system: You are a helpful assistant.
user:
Analyze the provided spectrum to determine if it is a **"Cataclysmic Variables (CV)"**.

- **Key Indicators for CV (Check for either state):**
    - **State 1: Quiescent / Low-State (Emission-Dominated)**
        - **(Primary):** Strong and *very broad* Hydrogen Balmer emission lines (e.g., $H\alpha$ at 6563 Å, $H\beta$ at 4861 Å). The 'broadness' (high velocity dispersion, often FWHM > 1000 km/s) is the key diagnostic, indicating a high-velocity accretion disk.
        - **(Secondary):** Broad neutral Helium (He I) emission lines (e.g., 5876 Å, 6678 Å).
        - **(Key Confirmation):** Presence of high-excitation *ionized* Helium (He II) emission at 4686 Å. This is a strong indicator of accretion onto a white dwarf.
        - **(Line Profile):** Emission lines may exhibit a 'double-peaked' profile, which is a classic signature of a rotating accretion disk viewed at high inclination.

    - **State 2: Outburst / High-State (Absorption-Dominated)**
        - **(Primary):** Spectrum is dominated by a bright, blue continuum (looks like a hot star).
        - **(Secondary):** The emission lines from State 1 are weak, absent, or 'filled in', and are replaced by broad, shallow *absorption* lines (primarily Balmer and He I).
        - **(Morphology):** The overall spectrum mimics a hot B/A-type star. The crucial difference is that the absorption lines are significantly broader, shallower, and more 'washed-out' (or 'smeared') than the sharp lines of a normal stellar photosphere, due to high rotational speeds and pressure broadening in the disk.

Think first, call **spectral_visualization_tool** if needed to examine features in detail, then provide your final answer. Your response must adhere to the following strict rules:
1.  **Overall Structure:** Your response must follow the format `<think>...</think> <tool_call>...</tool_call> (if a tool is used) <answer>...</answer>`.
2.  **Tool Usage Constraint:** You may only make **one** tool call per turn.
3.  **Final Answer Format:** In the `<answer>` tag, your conclusion must be inside a `\boxed{}` command (e.g., `\boxed{YES}`), followed by your justification.

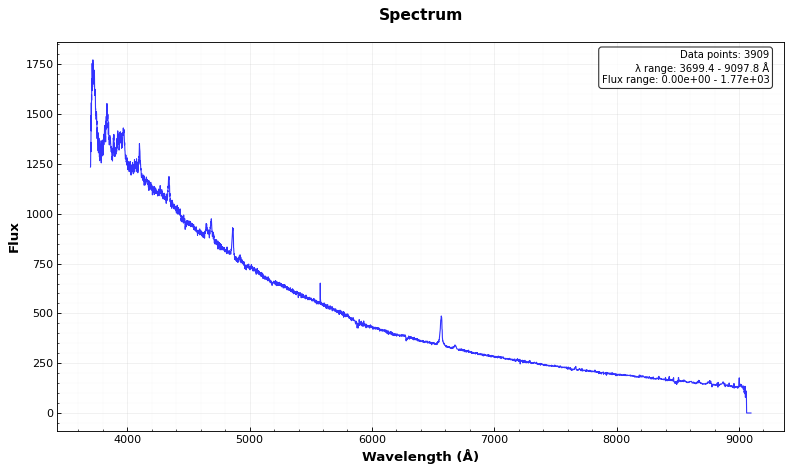
Answer: YES